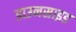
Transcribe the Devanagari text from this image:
डाउनसाइड